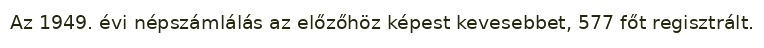
Az 1949. évi népszámlálás az előzőhöz képest kevesebbet, 577 főt regisztrált.